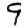
Digit: 9